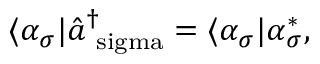
\begin{array} { r } { \langle \alpha _ { \sigma } | \hat { a } _ { \mathrm { \ s i g m a } } ^ { \dagger } = \langle \alpha _ { \sigma } | \alpha _ { \sigma } ^ { * } , } \end{array}